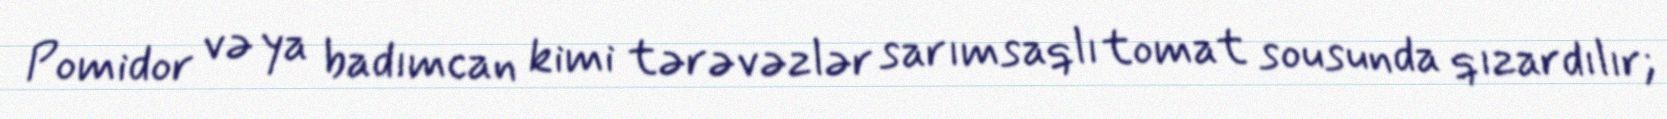
Pomidor və ya badımcan kimi tərəvəzlər sarımsaqlı tomat sousunda qızardılır;